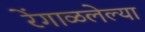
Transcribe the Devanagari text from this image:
रेंगाळलेल्या